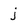
Character: j